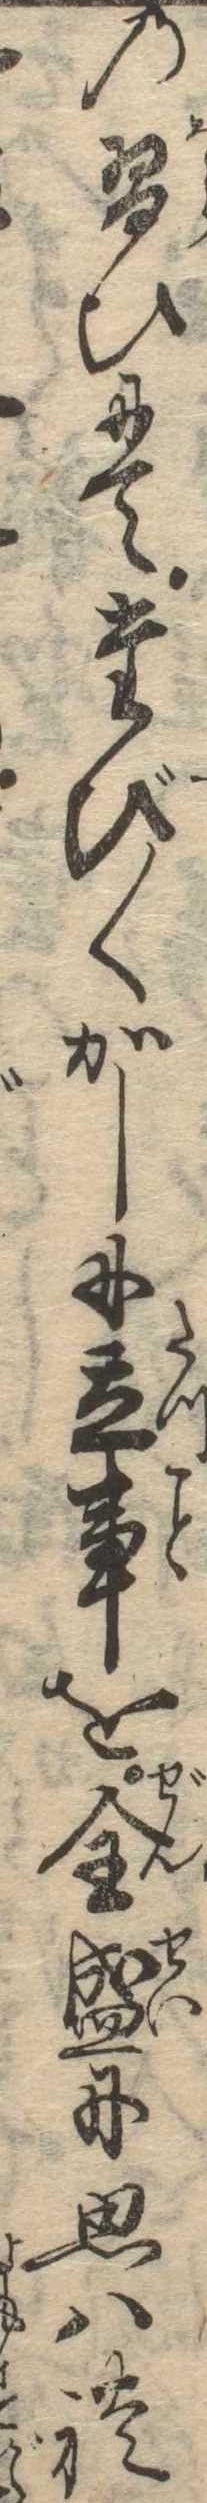
の習ひにてたび〱かしに立事を全盛に思はれ